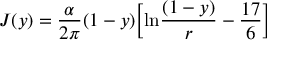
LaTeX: J ( y ) = { \frac { \alpha } { 2 \pi } } ( 1 - y ) \Bigl [ \mathrm { l n } { \frac { ( 1 - y ) } { r } } - { \frac { 1 7 } { 6 } } \Bigr ]